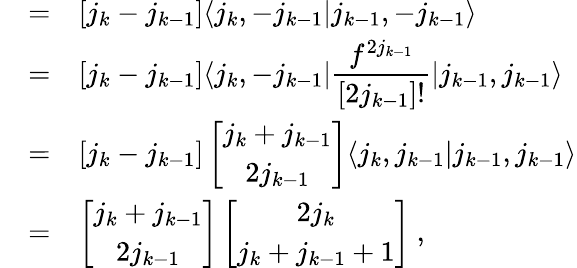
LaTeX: \begin{array}{rcl}{{}}&{{=}}&{{[j_{k}-j_{k-1}]\langle j_{k},-j_{k-1}\vert j_{k-1},-j_{k-1}\rangle}}\\ {{}}&{{=}}&{{[j_{k}-j_{k-1}]\langle j_{k},-j_{k-1}\vert\displaystyle\frac{f^{2j_{k-1}}}{[2j_{k-1}]!}\vert j_{k-1},j_{k-1}\rangle}}\\ {{}}&{{=}}&{{[j_{k}-j_{k-1}]\left[\begin{array}{c}{{j_{k}+j_{k-1}}}\\ {{2j_{k-1}}}\end{array}\right]\langle j_{k},j_{k-1}\vert j_{k-1},j_{k-1}\rangle}}\\ {{}}&{{=}}&{{\left[\begin{array}{c}{{j_{k}+j_{k-1}}}\\ {{2j_{k-1}}}\end{array}\right]\left[\begin{array}{c}{{2j_{k}}}\\ {{j_{k}+j_{k-1}+1}}\end{array}\right]~,}}\end{array}